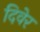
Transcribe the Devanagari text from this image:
दिवेर